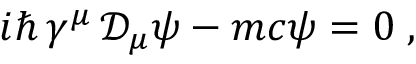
i \hbar \, \gamma ^ { \mu } \, { \mathcal D } _ { \mu } \psi - m c \psi = 0 \; ,